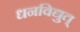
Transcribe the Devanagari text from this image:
धनविद्युत्